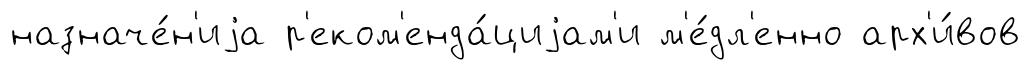
назначе́н'иjа р'еком'енда́циjам'и м'е́дл'енно арх'и́вов